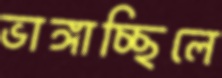
ভাঙ্গাচ্ছিলে